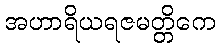
အဟာရိယရဇမတ္တိကေ